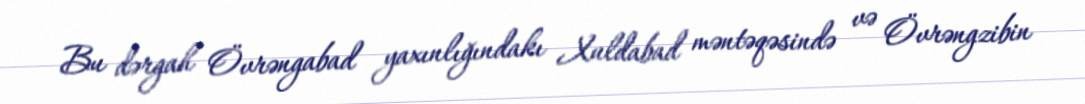
Bu dərgah Övrəngabad yaxınlığındakı Xuldabad məntəqəsində və Övrəngzibin